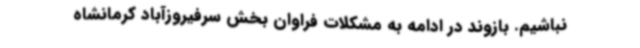
نباشیم. بازوند در ادامه به مشکلات فراوان بخش سرفیروزآباد کرمانشاه